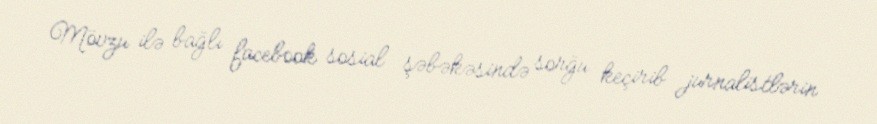
Mövzu ilə bağlı facebook sosial şəbəkəsində sorğu keçirib jurnalistlərin